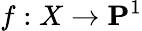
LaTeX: f:X\to\mathbf{P}^{1}